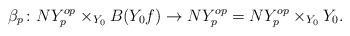
LaTeX: \begin{align*}\beta_p\colon NY^{op}_p \times_{Y_0} B(Y_0\sl f) \to NY^{op}_p = NY^{op}_p \times_{Y_0}Y_0.\end{align*}